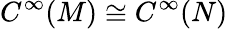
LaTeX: C^{\infty}(M)\cong C^{\infty}(N)